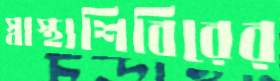
স্বাস্থ্যশিবিরের